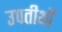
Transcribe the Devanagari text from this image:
उपतीर्थों